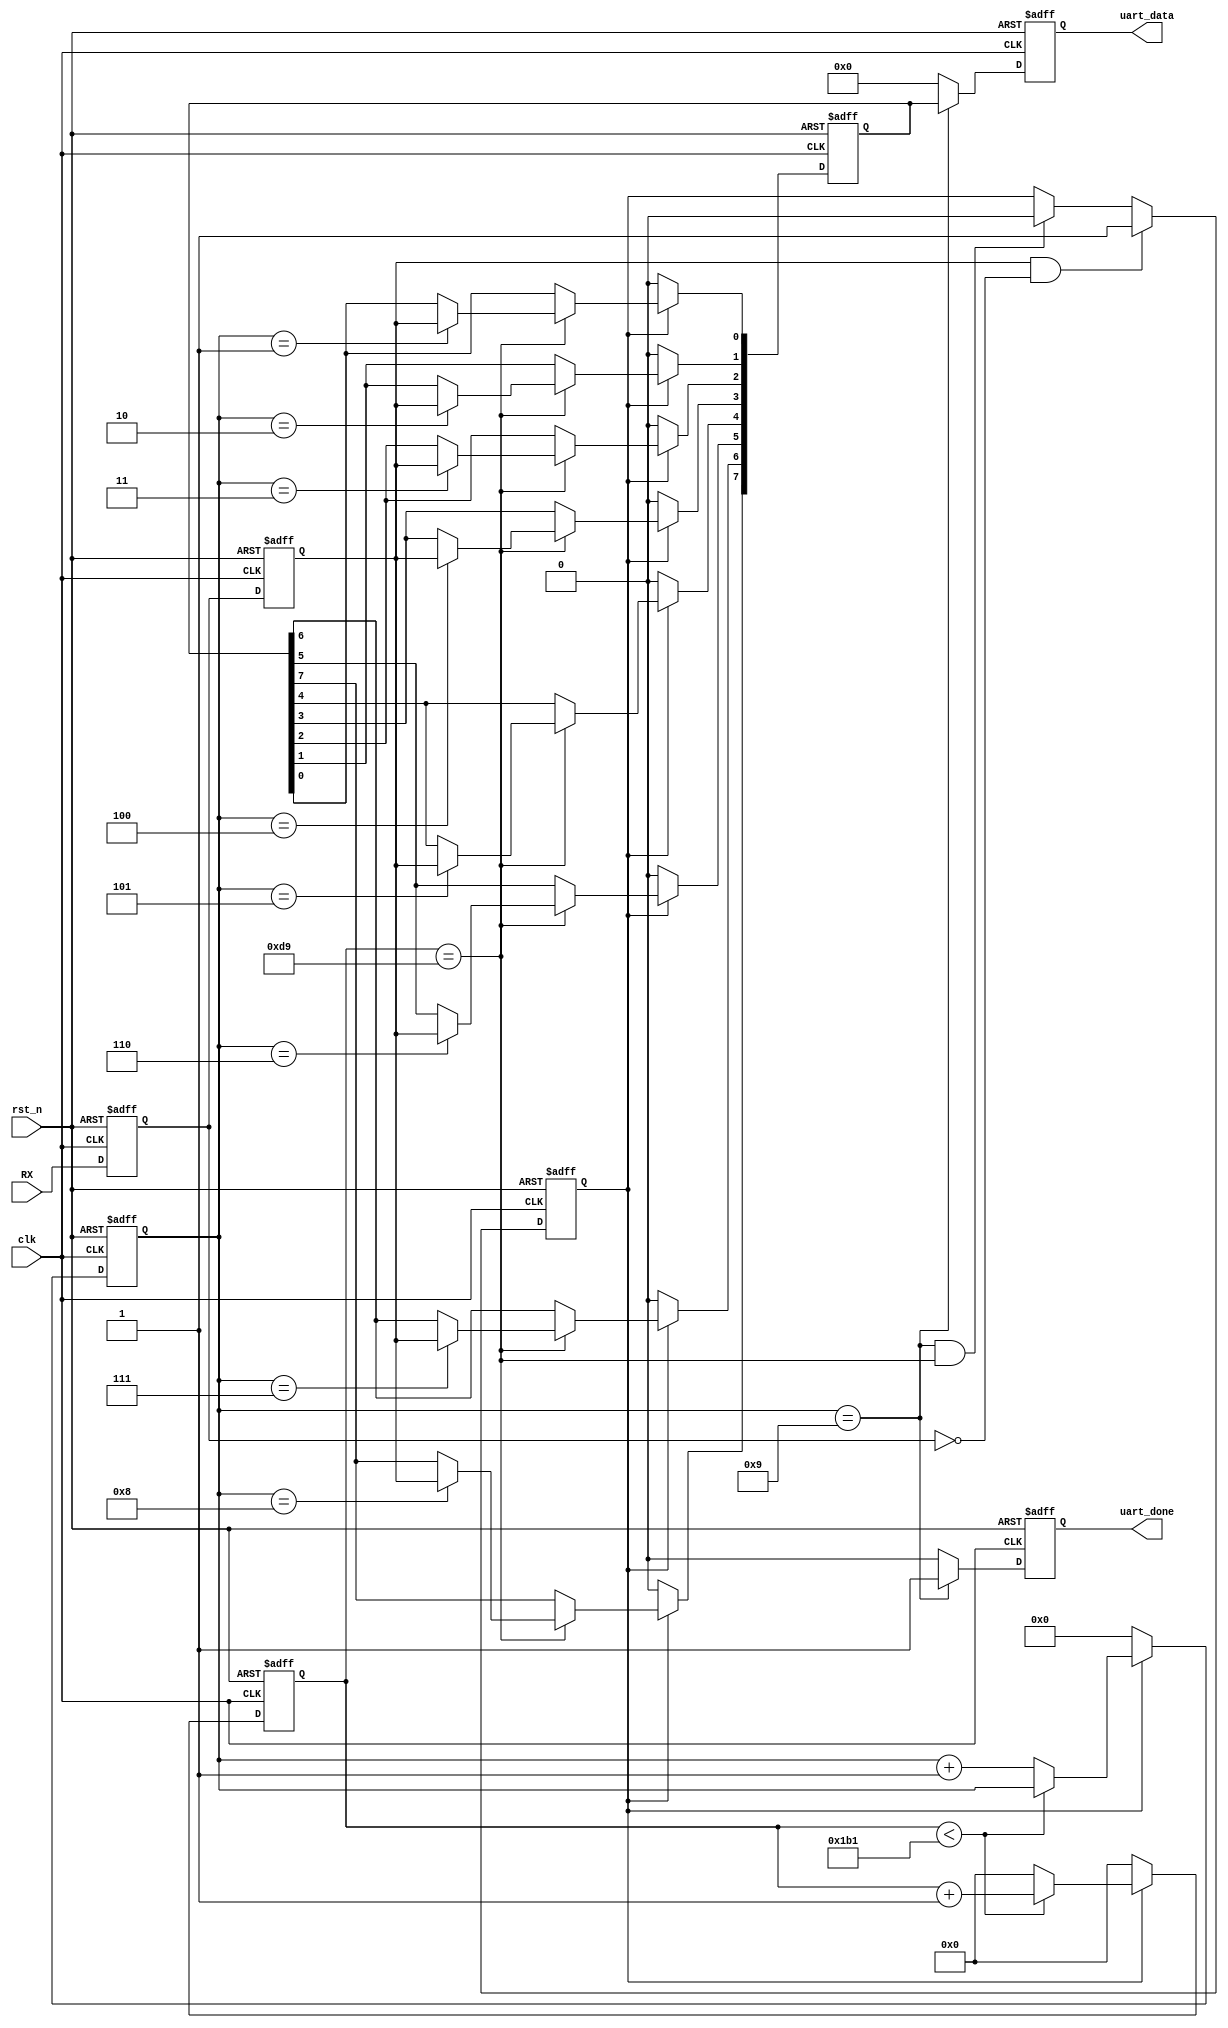
module uart_RX(
    input			  clk,                  //
    input             rst_n,                //
    
    input             RX,                 //UART
    output  reg       uart_done,                //
    output  reg [7:0] uart_data                 //
    );
    
//parameter define
parameter  CLK_FREQ = 50000000;                 //
parameter  UART_BPS = 115200;                     //
localparam BPS_CNT  = CLK_FREQ/UART_BPS;        //
                                                //BPS_CNT
//reg define
reg        RX_d0;
reg        RX_d1;
reg [15:0] clk_cnt;                             //
reg [ 3:0] rx_cnt;                              //
reg        rx_flag;                             //
reg [ 7:0] rxdata;                              //

//wire define
wire       start_flag;

//*****************************************************
//**                    main code
//*****************************************************
//()
assign  start_flag = RX_d1 & (~RX_d0);    

//UART
always @(posedge clk or negedge rst_n) begin 
    if (!rst_n) begin 
        RX_d0 <= 1'b0;
        RX_d1 <= 1'b0;          
    end
    else begin
        RX_d0  <= RX;                   
        RX_d1  <= RX_d0;
    end   
end

//start_flag           
always @(posedge clk or negedge rst_n) begin         
    if (!rst_n)                                  
        rx_flag <= 1'b0;
    else begin
        if(start_flag)                          //
            rx_flag <= 1'b1;                    //rx_flag
        else if((rx_cnt == 4'd9)&&(clk_cnt == BPS_CNT/2))
            rx_flag <= 1'b0;                    //
        else
            rx_flag <= rx_flag;
    end
end

//
always @(posedge clk or negedge rst_n) begin         
    if (!rst_n) begin                             
        clk_cnt <= 16'd0;                                  
        rx_cnt  <= 4'd0;
    end                                                      
    else if ( rx_flag ) begin                   //
            if (clk_cnt < BPS_CNT - 1) begin
                clk_cnt <= clk_cnt + 1'b1;
                rx_cnt  <= rx_cnt;
            end
            else begin
                clk_cnt <= 16'd0;               //
                rx_cnt  <= rx_cnt + 1'b1;       //1
            end
        end
        else begin                              //
            clk_cnt <= 16'd0;
            rx_cnt  <= 4'd0;
        end
end

//uart
always @(posedge clk or negedge rst_n) begin 
    if ( !rst_n)  
        rxdata <= 8'd0;                                     
    else if(rx_flag)                            //
        if (clk_cnt == BPS_CNT/2) begin         //
            case ( rx_cnt )
             4'd1 : rxdata[0] <= RX_d1;   //
             4'd2 : rxdata[1] <= RX_d1;
             4'd3 : rxdata[2] <= RX_d1;
             4'd4 : rxdata[3] <= RX_d1;
             4'd5 : rxdata[4] <= RX_d1;
             4'd6 : rxdata[5] <= RX_d1;
             4'd7 : rxdata[6] <= RX_d1;
             4'd8 : rxdata[7] <= RX_d1;   //
             default:;                                    
            endcase
        end
        else 
            rxdata <= rxdata;
    else
        rxdata <= 8'd0;
end

//
always @(posedge clk or negedge rst_n) begin        
    if (!rst_n) begin
        uart_data <= 8'd0;                               
        uart_done <= 1'b0;
    end
    else if(rx_cnt == 4'd9) begin               //           
        uart_data <= rxdata;                    //
        uart_done <= 1'b1;                      //
    end
    else begin
        uart_data <= 8'd0;                                   
        uart_done <= 1'b0; 
    end    
end

endmodule